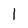
Character: l